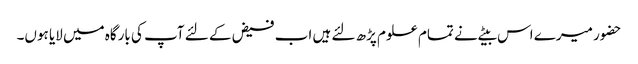
حضور میرے اس بیٹے نے تمام علوم پڑھ لئے ہیں اب فیض کے لئے آپ کی بارگاہ میں لایا ہوں۔